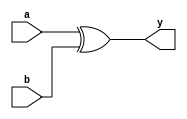
 module xor11(y,a,b);
 output y; 
 input a,b; 
 assign y=a^b;
 endmodule 
 
 module dff(clk,reset,d,q
    );
	
	  input clk;   
	  input reset;  
	  input d;  
	  output q;
	  reg q;   
	  always @(posedge clk)
	  begin    
	  if(reset)   
	  q=1;  
	  else    
	  q=d;   
	  end  

endmodule
module lfsr16(
 clk,reset,q); 
 input clk,reset;
 output [15:0]q;
 wire [15:0] q; 
 wire a,b,c; 
 
xor11 x1(a,q[13],q[15]);
xor11 x2(b,q[12],a);
xor11 x3(c,q[10],b);



dff d1(clk,reset,c,q[0]);
dff d2(clk,reset,q[0],q[1]);
dff d3(clk,reset,q[1],q[2]);
dff d4(clk,reset,q[2],q[3]);
dff d5(clk,reset,q[3],q[4]);
dff d6(clk,reset,q[4],q[5]);
dff d7(clk,reset,q[5],q[6]);
dff d8(clk,reset,q[6],q[7]);
dff d9(clk,reset,q[7],q[8]);
dff d10(clk,reset,q[8],q[9]);
dff d11(clk,reset,q[9],q[10]);
dff d12(clk,reset,q[10],q[11]);
dff d13(clk,reset,q[11],q[12]);
dff d14(clk,reset,q[12],q[13]);
dff d15(clk,reset,q[13],q[14]);
dff d16(clk,reset,q[14],q[15]);


endmodule